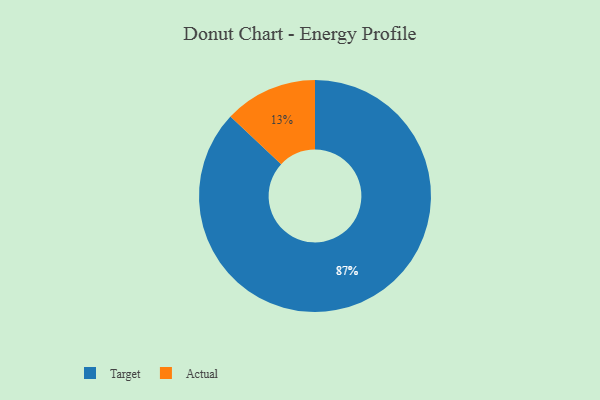
{"axis": {"x": "Category", "y": "Percentage"}, "legend": ["Actual", "Target"], "data": [{"x": "Actual", "y": 13, "type": "Actual"}, {"x": "Target", "y": 87, "type": "Target"}]}